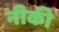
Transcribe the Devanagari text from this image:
नीकी